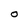
Character: O